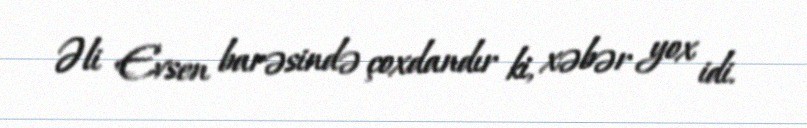
Əli Evsen barəsində çoxdandır ki, xəbər yox idi.